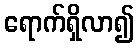
ရောက်ရှိလာ၍